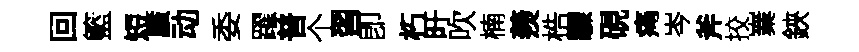
回籃短蜃动委躍普个習卽朽旴吹楠羨梏驟硯痛岑斧挍嶪鋏